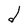
Character: d